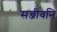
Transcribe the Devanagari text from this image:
सन्जीवनि